Annual administration report of the Civil Veterinary Department of India - 1899-1900
Year: 1899
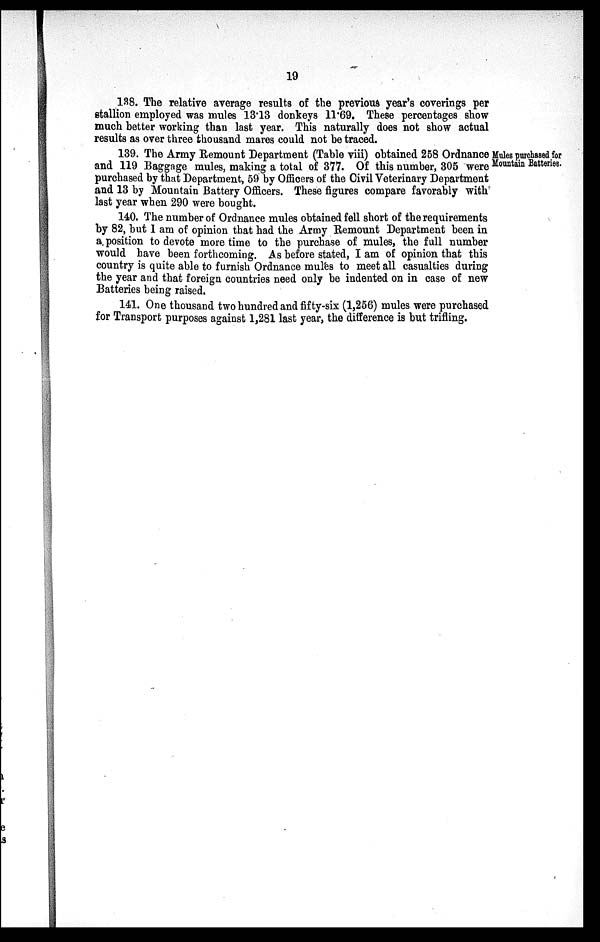
138. The relative average results of the previous year's coverings per
stallion employed was mules 13.13 donkeys 11.69. These percentages show
much better working than last year. This naturally does not show actual
results as over three thousand mares could not be traced.
Mules purchased for
Mountain Batteries.
139. The Army Remount Department (Table viii) obtained 258 Ordnance
and 119 Baggage mules, making a total of 377. Of this number, 305 were
purchased by that Department, 59 by Officers of the Civil Veterinary Department
and 13 by Mountain Battery Officers. These figures compare favorably with
last year when 290 were bought.
140. The number of Ordnance mules obtained fell short of the requirements
by 82, but I am of opinion that had the Army Remount Department been in
a position to devote more time to the purchase of mules, the full number
would have been forthcoming. As before stated, I am of opinion that this
country is quite able to furnish Ordnance mules to meet all casualties during
the year and that foreign countries need only be indented on in case of new
Batteries being raised.
141. One thousand two hundred and fifty-six (1,256) mules were purchased
for Transport purposes against 1,281 last year, the difference is but trifling.